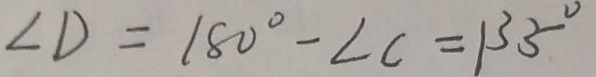
\angle D = 1 8 0 ^ { \circ } - \angle C = 1 3 5 ^ { \circ }